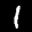
Label: 1